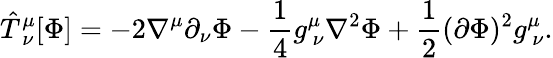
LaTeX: {\hat{T}}_{\ \nu}^{\mu}[\Phi]=-2\nabla^{\mu}\partial_{\nu}\Phi-{\frac{1}{4}}g_{\ \nu}^{\mu}\nabla^{2}\Phi+{\frac{1}{2}}(\partial\Phi)^{2}g_{\ \nu}^{\mu}.